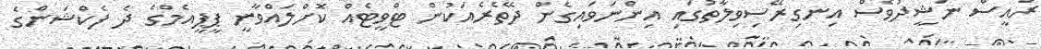
ރައީސް ނަޝީދުވެސް އިނގިރޭސިވިލާތުގައި އިންނަވައިގެން ދޭތެރެއަކުން ޓްވީޓެއް ކޮށްލައްވާނީ ޕީޕީއެމްގެ ދެ ފެކްޝަންގެ